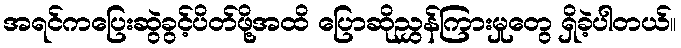
အရင်ကပြေးဆွဲခွင့်ပိတ်ဖို့အထိ ပြောဆိုညွှန်ကြားမှုတွေ ရှိခဲ့ပါတယ်။